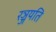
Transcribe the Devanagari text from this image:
रञ्जयति